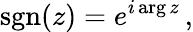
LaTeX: \operatorname{sgn}(z)=e^{i\arg z}\, ,